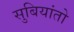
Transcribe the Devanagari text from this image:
सुबियांतो